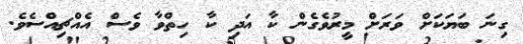
ގިނަ ބަޔަކަށް ވަރަށް މީރުވެގެން ކާ އަދި ކާ ހިތްވާ ވެސް އެއްޗިއްސެވެ.